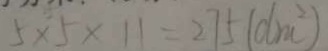
5 \times 5 \times 1 1 = 2 7 5 ( d m ^ { 2 } )